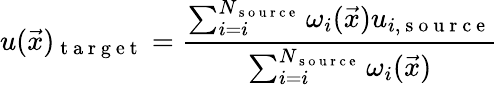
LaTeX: u(\vec{x})_{\mathrm{~t~a~r~g~e~t~}}=\frac{\sum_{i=i}^{N_{\mathrm{~s~o~u~r~c~e~}}}\omega_{i}(\vec{x})u_{i,\mathrm{~s~o~u~r~c~e~}}}{\sum_{i=i}^{N_{\mathrm{~s~o~u~r~c~e~}}}\omega_{i}(\vec{x})}